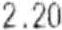
2.20